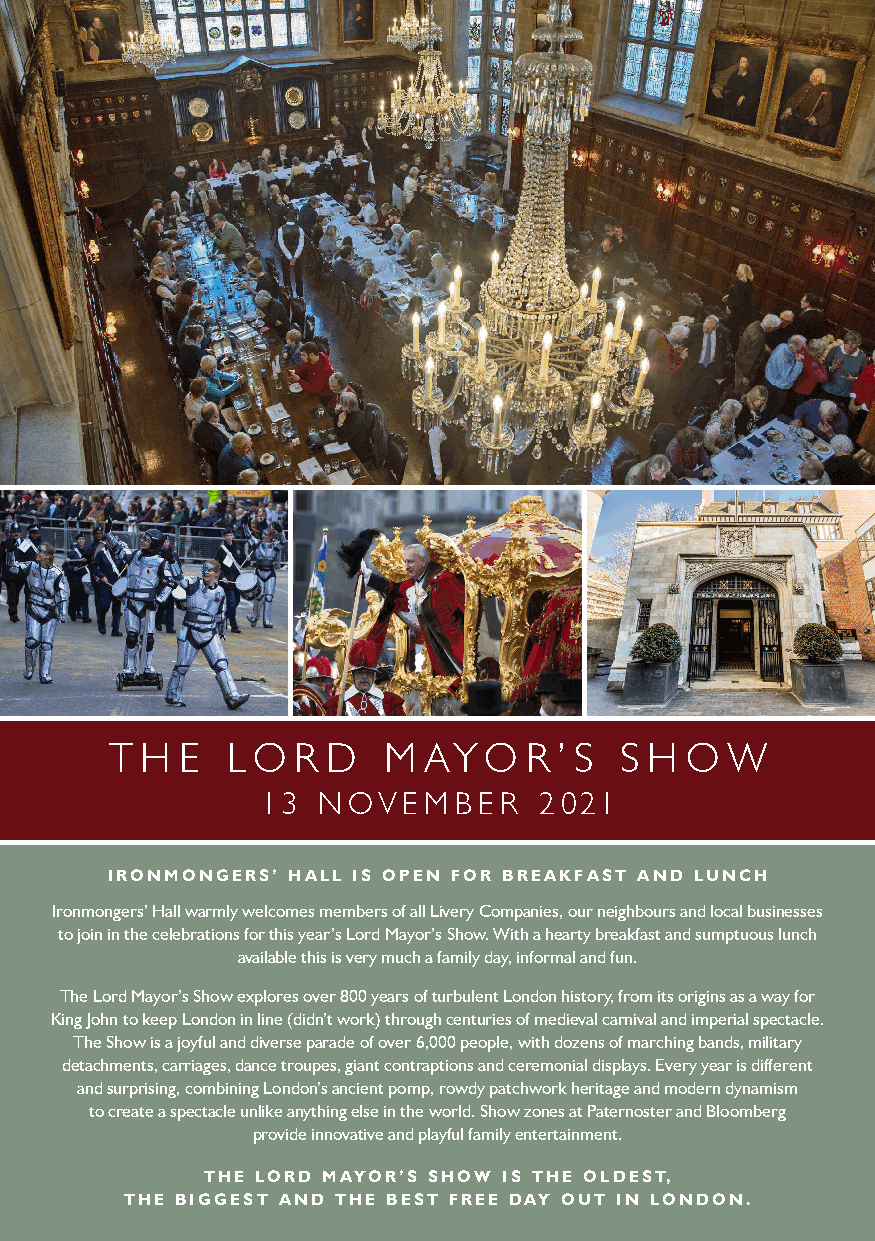
T H  E  LO   R D  M  AY  O  R ’ S S H O  W
 13  NOVEMB     ER  2021
 IRONMONGERS’ HALL IS OPEN FOR BREAKFAST AND LUNCH
 Ironmongers’ Hall warmly welcomes members of all Livery Companies, our neighbours and local businesses
 to join in the celebrations for this year’s Lord Mayor’s Show. With a hearty breakfast and sumptuous lunch
 available this is very much a family day, informal and fun.
 The Lord Mayor’s Show explores over 800 years of turbulent London history, from its origins as a way for
 King John to keep London in line (didn’t work) through centuries of medieval carnival and imperial spectacle.
 The Show is a joyful and diverse parade of over 6,000 people, with dozens of marching bands, military
 detachments, carriages, dance troupes, giant contraptions and ceremonial displays. Every year is different
 and surprising, combining London’s ancient pomp, rowdy patchwork heritage and modern dynamism
 to create a spectacle unlike anything else in the world. Show zones at Paternoster and Bloomberg
 provide innovative and playful family entertainment.
 THE LORD MAYOR’S SHOW IS THE OLDEST,
 THE BIGGEST AND THE BEST FREE DAY OUT IN LONDON.